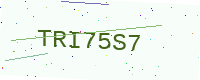
Text: TRI75S7